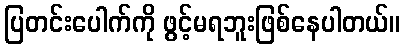
ပြတင်းပေါက်ကို ဖွင့်မရဘူးဖြစ်နေပါတယ်။